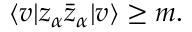
\langle v | z _ { \alpha } \bar { z } _ { \alpha } | v \rangle \geq m .